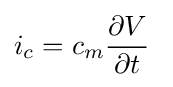
i_{c}=c_{m}{\frac {\partial V}{\partial t}}\